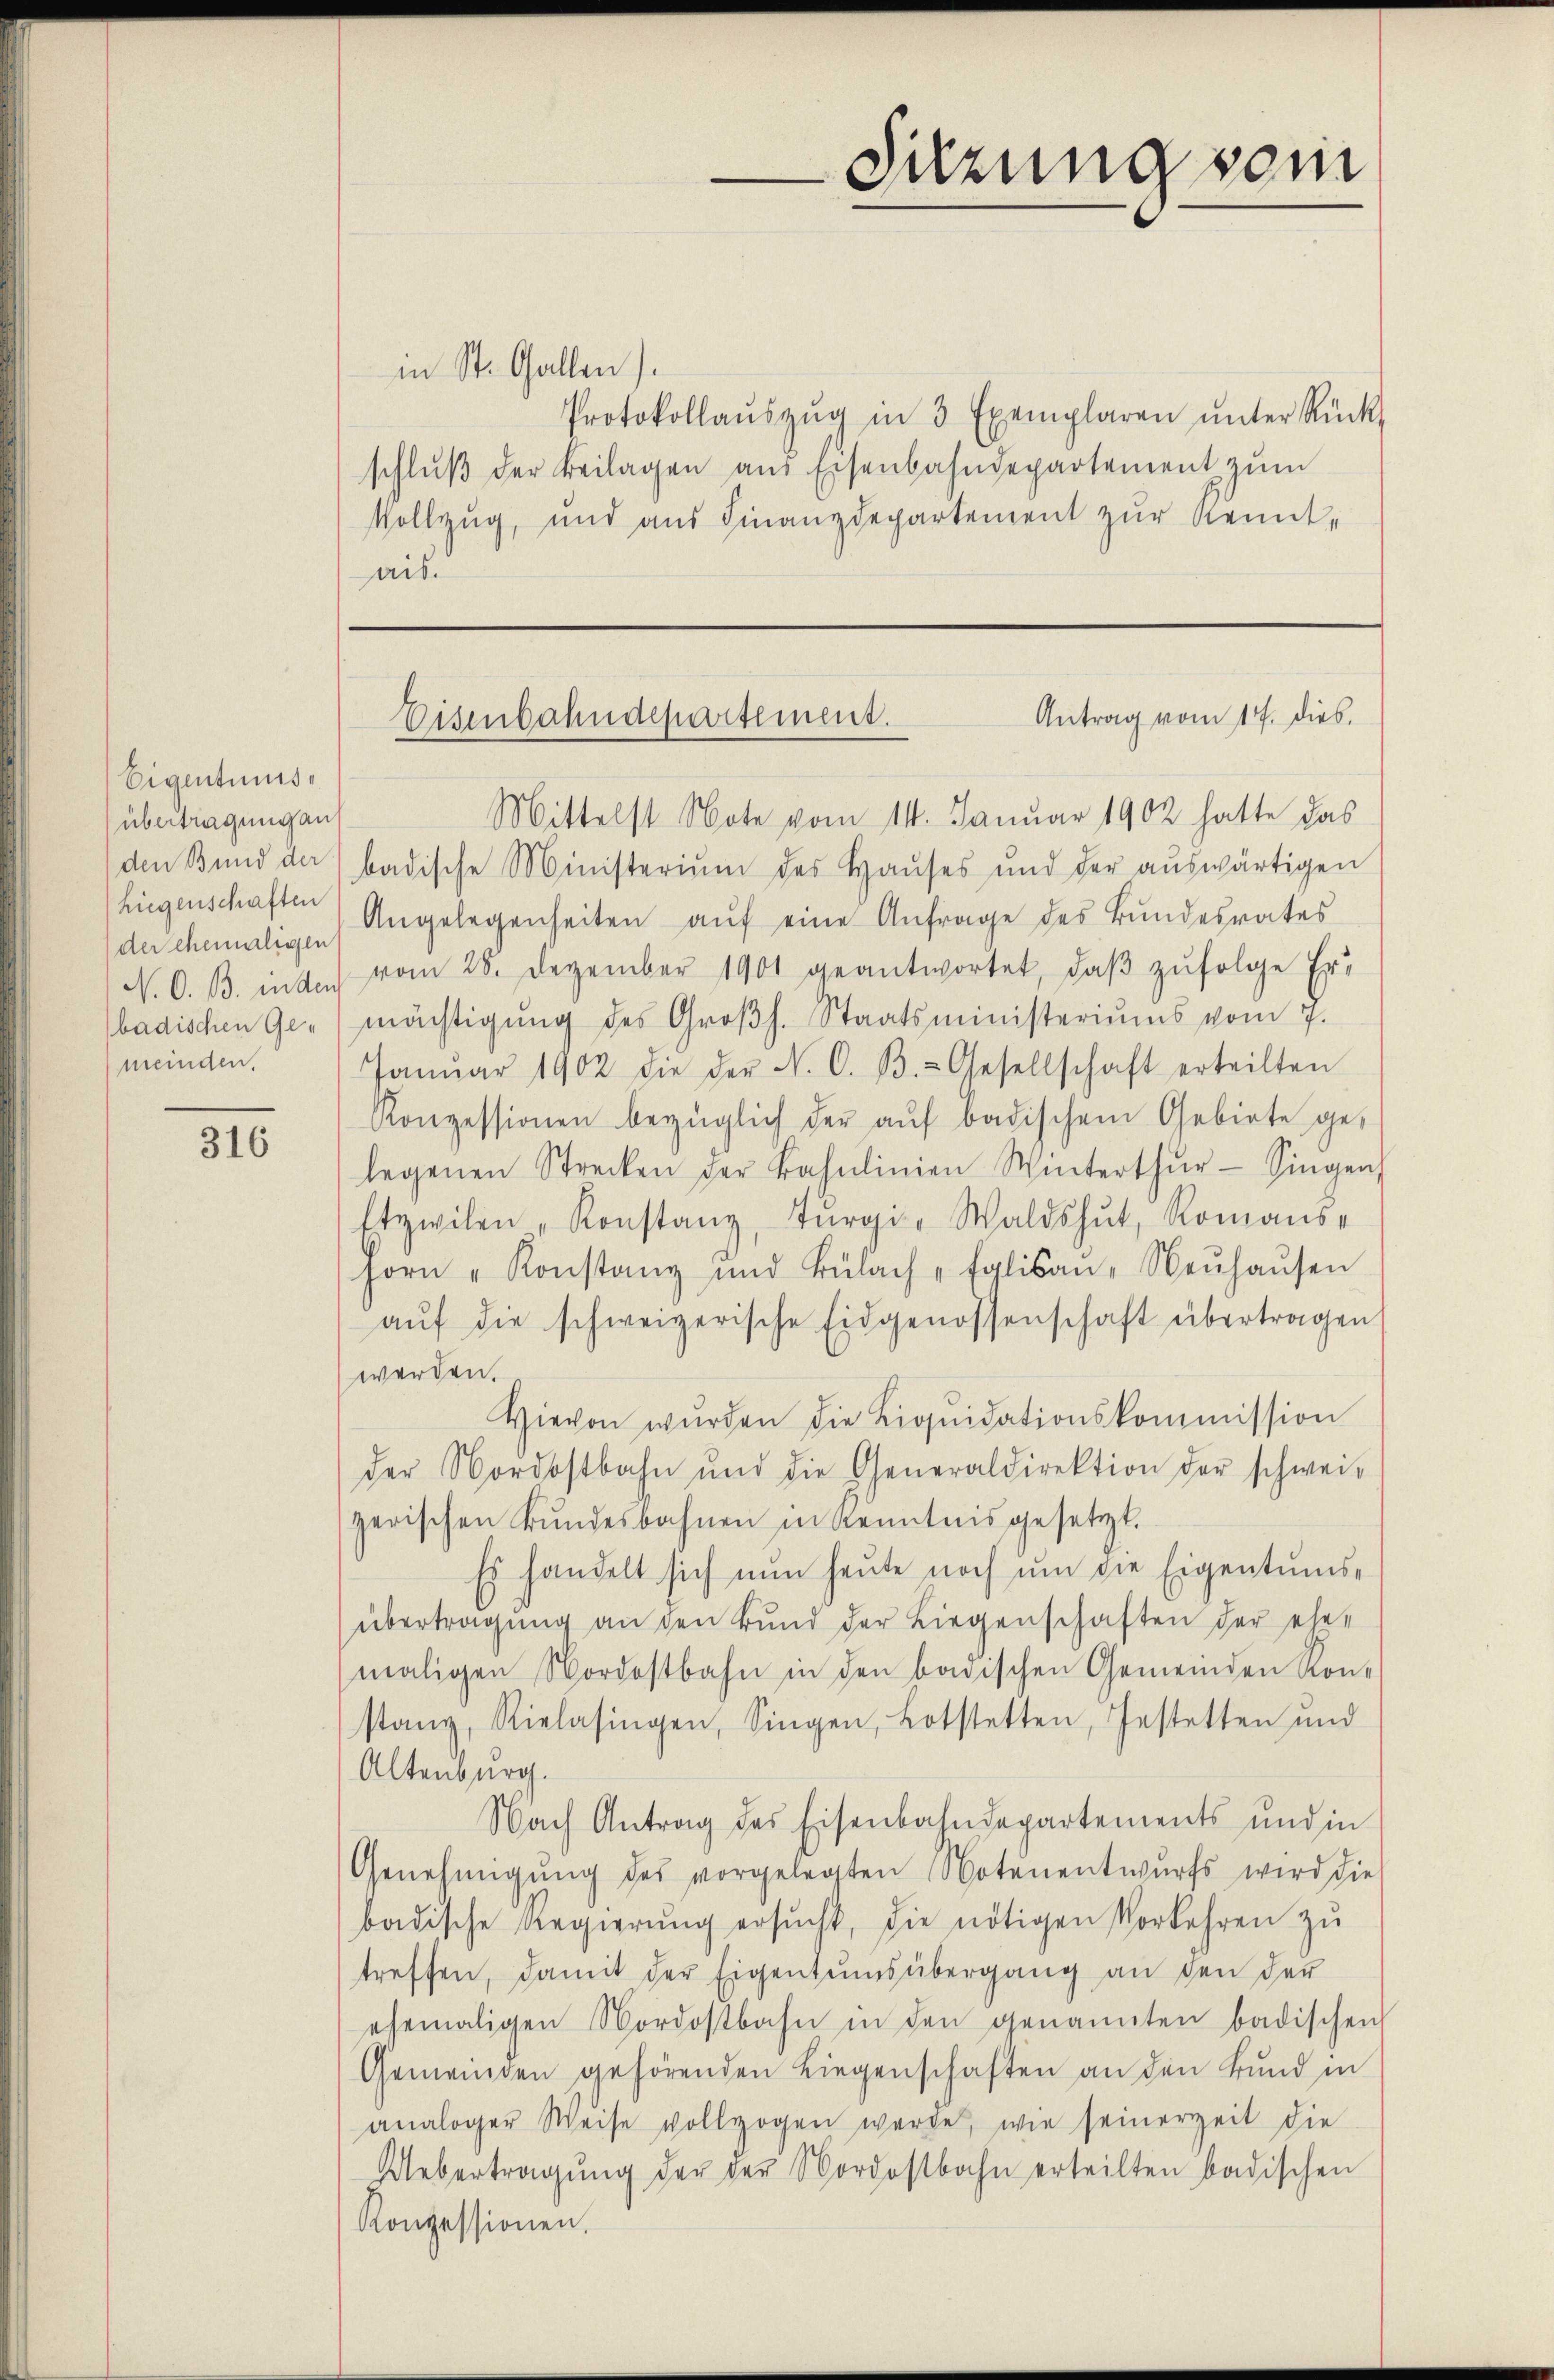
Eigentumse
übertragung an
Liegenschaften
der ehemaligen
meinden.

316

in St. Gallen).
Protokollaŭszŭg in 3 Exemplaren ŭnter Rück-
schlŭβ der Beilagen aus Eisenbahndepartement zŭm
Vollzug, und aus Finanzdepartement zur Kenntais.

Sitzung vom

Mittelst Note vom 14. Januar 1902 hatte das
den Bund der badische Ministerium des Haŭses und der aŭswärtigen
Angelegenheiten aŭf eine Anfrage des Bundesrates
N. O. B. inden vom 28. Dezember 1901 geantwortet, daβ zŭfolge Erbadischen Gemächtigŭng des Groβh. Staatsministeriums vom 7.
Janŭar 1902 die der N. O. B. Gesellschaft erteilten
Konzessionen bezüglich der aŭf badischem Gebiete ge-
legenen Strecken der Bahnlinien Winterthŭr-Singen
Etzwilen „Konstanz, Tŭrgi, Waldshut, Romans-
horn "Konstanz und Bülach Eglisaŭ, Neŭhaŭsen
aŭf die schweizerische Eidgenossenschaft übertragen
werden.
Vievon wŭrden die Liqŭidationskommission
der Nordostbahn und die Generaldirektion der schwei-
gerischen Bŭndesbahnen in Kenntnis gesetzt.
Es handelt sich nŭn heŭte noch ŭm die Eigentums-
übertragung an den Bund der Liegenschaften der eher
maligen Nordostbahn in den badischen Gemeinden Ron-
stanz, Rielasingen, Singen, Lotstetten, Gestetten und
Altenburg.
Nach Antrag des Eisenbahndepartements und in
Genehmigŭng des vorgelegten Notenentwŭrfs wird die
badische Regierŭng ersŭcht, die nötigen Vorkehren zŭ
treffen, damit der Eigentumsübergang an den der
ehemaligen Nordostbahn in den genannten badischen
Gemeinden gehörenden Liegenschaften an den Bund in
analoger Weise vollzogen werde, wie seinerzeit die
Uebertragŭng der der Nordostbahn erteilten badischen
Konzessionen.

Antrag vom 17. Dieb.
Eisenbahndepartement.